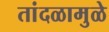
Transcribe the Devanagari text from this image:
तांदळामुळे